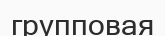
групповая